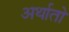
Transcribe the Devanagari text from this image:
अर्थातो